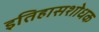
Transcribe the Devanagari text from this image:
इतिहासशोधक